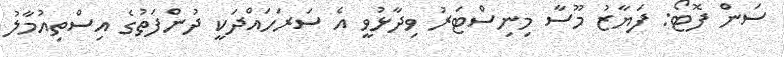
ސަން ފޮޓޯ: ފަޔާޒު މޫސާ މިނިސްޓަރު ވިދާޅުވީ އެ ސަރަހައްދަކީ ދުންފަތުގެ އިސްތިއުމާލު